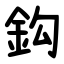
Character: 鈎